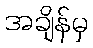
အချိန်မှ